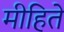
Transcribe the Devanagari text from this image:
मीहिते